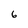
Character: 6